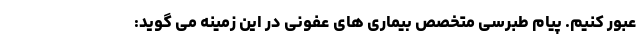
عبور کنیم. پیام طبرسی متخصص بیماری های عفونی در این زمینه می گوید: